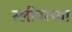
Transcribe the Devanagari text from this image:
स्लीपरच्या